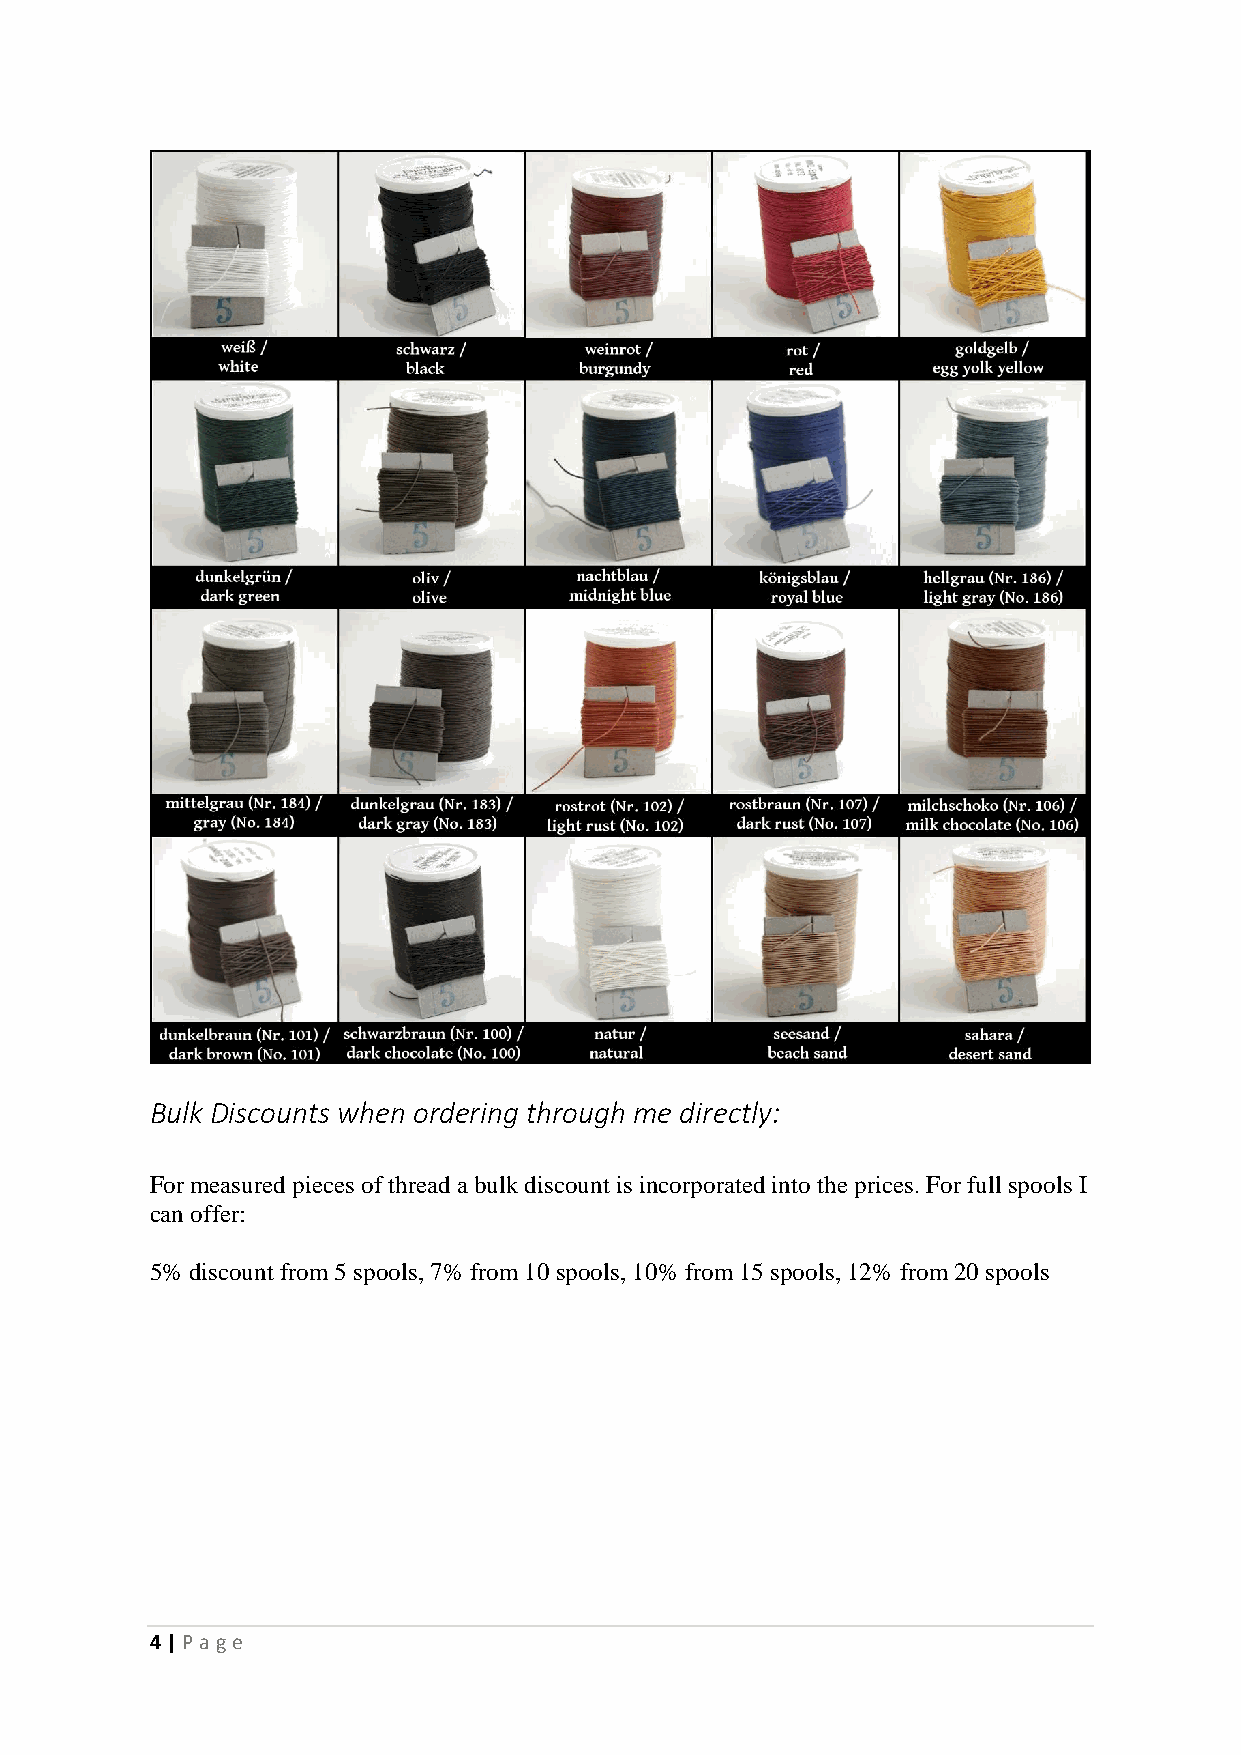
Bulk Discounts when ordering through me directly:
 For measured pieces of thread a bulk discount is incorporated into the prices. For full spools I
 can offer:
 5% discount from 5 spools, 7% from 10 spools, 10% from 15 spools, 12% from 20 spools
 4 | P age